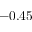
- 0 . 4 5